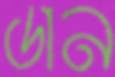
ডান